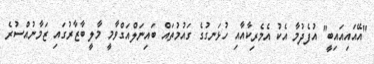
"އޭއައިއައިބީ" އުފެދުމާ އެކު އެމެރިކާއާއި ހުޅަނގުގެ ގައުމުތައް ބައިނަލްއަގްވާމީ މާލީ ބާޒާރުގައި ޒަމާނުއްސުރެ